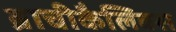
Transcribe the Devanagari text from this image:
ब्राचीकैलिक्स